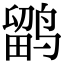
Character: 鹠